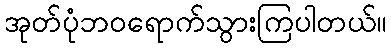
အုတ်ပုံဘဝရောက်သွားကြပါတယ်။